Scottish Certificate of Education, 1962
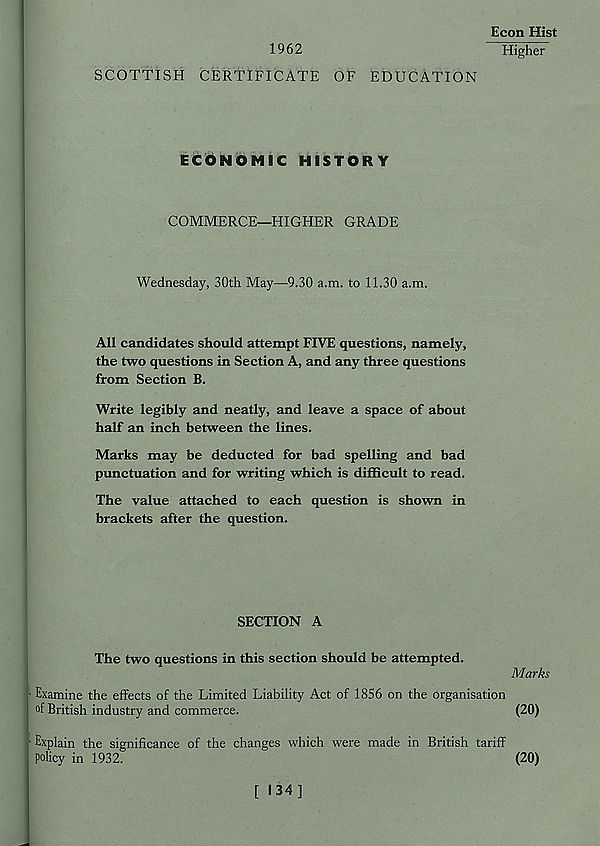
Econ Hist
1962
Higher
SCOTTISH CERTIFICATE OF EDUCATION
ECONOMIC HISTORY
COMMERCE—HIGHER GRADE
Wednesday, 30th May—9.30 a.m. to 11.30 a.m.
All candidates should attempt FIVE questions, namely,
the two questions in Section A, and any three questions
from Section B.
Write legibly and neatly, and leave a space of about
half an inch between the lines.
Marks may be deducted for bad spelling and bad
punctuation and for writing which is difficult to read.
The value attached to each question is shown in
brackets after the question.
SECTION A
The two questions in this section should be attempted.
Marks
l Examine the effects of the Limited
of British industry and commerce.
Liability Act of 1856 on the organisation
(20)
Explain the significance of the changes which were made in British tariff
Policy in 1932.
(20)
[ 134]